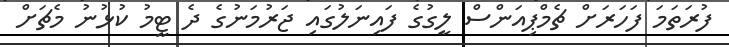
ފުރަތަމަ ފަހަރަށް ޗެމްޕިއަންސް ލީގުގެ ފައިނަލުގައި ޖަރުމަނުގެ ދެ ޓީމު ކުޅުނު މެޗަށް